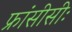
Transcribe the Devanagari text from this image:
फ्रांसीसीः